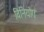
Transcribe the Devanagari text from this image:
विनियोगः